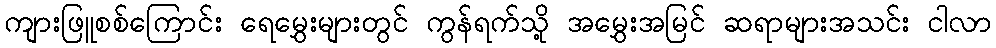
ကျားဖြူစစ်ကြောင်း ရေမွှေးများတွင် ကွန်ရက်သို့ အမွှေးအမြင် ဆရာများအသင်း ငါလာ